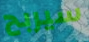
سيربح